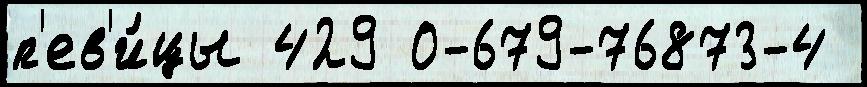
п'ев'и́цы 429 0-679-76873-4